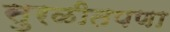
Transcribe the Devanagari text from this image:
सुरळीतपणा